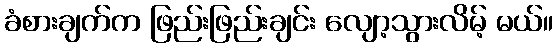
ခံစားချက်က ဖြည်းဖြည်းချင်း လျော့သွားလိမ့် မယ်။